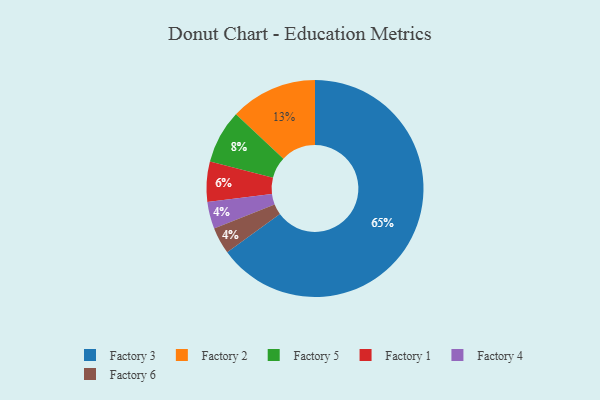
{"axis": {"x": "Category", "y": "Percentage"}, "legend": ["Factory 1", "Factory 2", "Factory 3", "Factory 4", "Factory 5", "Factory 6"], "data": [{"x": "Factory 3", "y": 65, "type": "Factory 3"}, {"x": "Factory 4", "y": 4, "type": "Factory 4"}, {"x": "Factory 1", "y": 6, "type": "Factory 1"}, {"x": "Factory 5", "y": 8, "type": "Factory 5"}, {"x": "Factory 2", "y": 13, "type": "Factory 2"}, {"x": "Factory 6", "y": 4, "type": "Factory 6"}]}